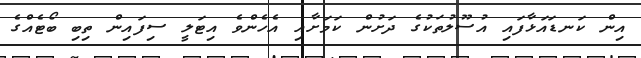
އިން ކަނޑައަޅާފައި އުސޫލުތަކުގެ ދަށުން ކަމަށާއި އެހެންވެ އިޓަލީ ސިފައިން ތިބި ބޯޓެއްގެ